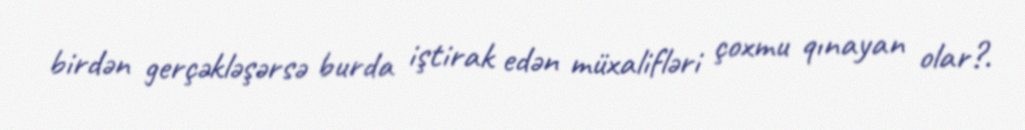
birdən gerçəkləşərsə burda iştirak edən müxalifləri çoxmu qınayan olar?.